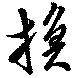
換